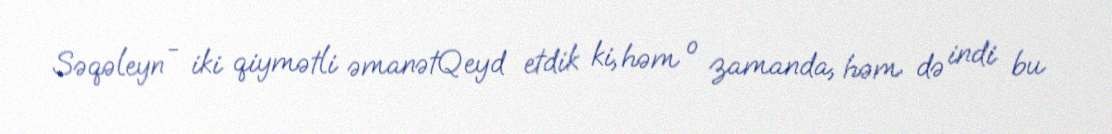
Səqəleyn - iki qiymətli əmanətQeyd etdik ki, həm o zamanda, həm də indi bu